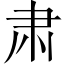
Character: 肃